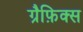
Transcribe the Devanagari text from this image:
ग्रैफ़िक्स